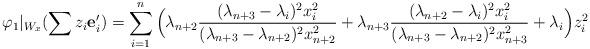
LaTeX: \begin{align*}\varphi_1|_{W_x}(\sum z_i\mathbf e_i')=\sum_{i=1}^n\Big(\lambda_{n+2}\frac{(\lambda_{n+3}-\lambda_i)^2x_i^2}{(\lambda_{n+3}-\lambda_{n+2})^2x_{n+2}^2}+\lambda_{n+3}\frac{(\lambda_{n+2}-\lambda_i)^2x_i^2}{(\lambda_{n+3}-\lambda_{n+2})^2x_{n+3}^2}+\lambda_i\Big)z_i^2\end{align*}